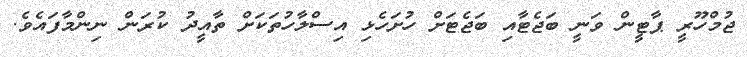
ޖުމްހޫރީ ޕާޓީން ވަނީ ބަޖެޓާއި ބަޖެޓަށް ހުށަހެޅި އިސްލާހުތަކަށް ތާއީދު ކުރަން ނިންމާފައެވެ.